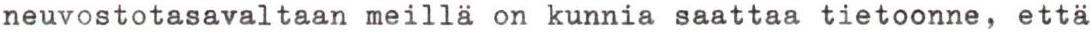
neuvostotasavaltaan meillä on kunnia saattaa tietoonne, että